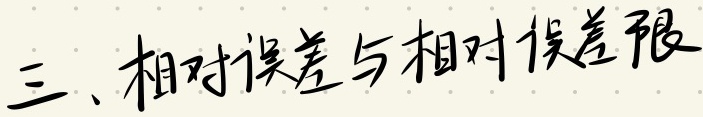
三、相对误差与相对误差限